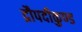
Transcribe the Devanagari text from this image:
द्रौपदीकुण्ड